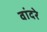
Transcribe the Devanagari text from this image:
वांदरे